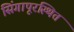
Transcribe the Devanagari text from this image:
सिंगापूरस्थित